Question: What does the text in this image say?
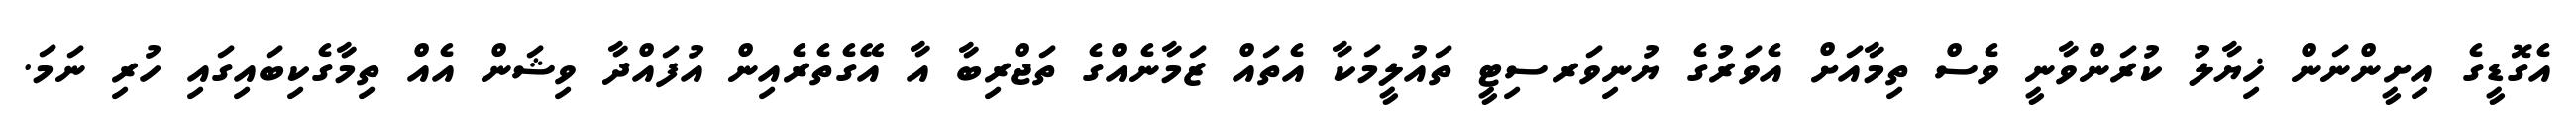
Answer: އެގޮޑީގެ އިށީންނަން ޚިޔާލު ކުރަންވާނީ ވެސް ތިމާއަށް އެވަރުގެ ޔުނިވަރސިޓީ ތައުލީމަކާ އެތައް ޒަމާނެއްގެ ތަޖްރިބާ އާ އޭގެތެރެއިން އުފައްދާ ވިޝަން އެއް ތިމާގެކިބައިގައި ހުރި ނަމަ.